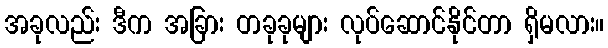
အခုလည်း ဒီက အခြား တခုခုများ လုပ်ဆောင်နိုင်တာ ရှိမလား။